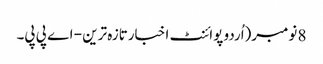
8 نومبر(اُردو پوائنٹ اخبارتازہ ترین - اے پی پی۔